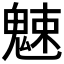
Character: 𩳒